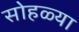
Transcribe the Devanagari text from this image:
सोहळ्या